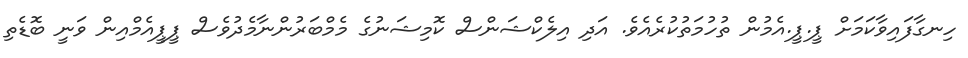
ހިނގާފައިވާކަމަށް ޕީ.ޕީ.އެމުން ތުހުމަތުކުރެއެވެ. އަދި އިލެކްޝަންސް ކޮމިޝަނުގެ މެމްބަރުންނާމެދުވެސް ޕީޕީއެމްއިން ވަނީ ބޮޑެތި